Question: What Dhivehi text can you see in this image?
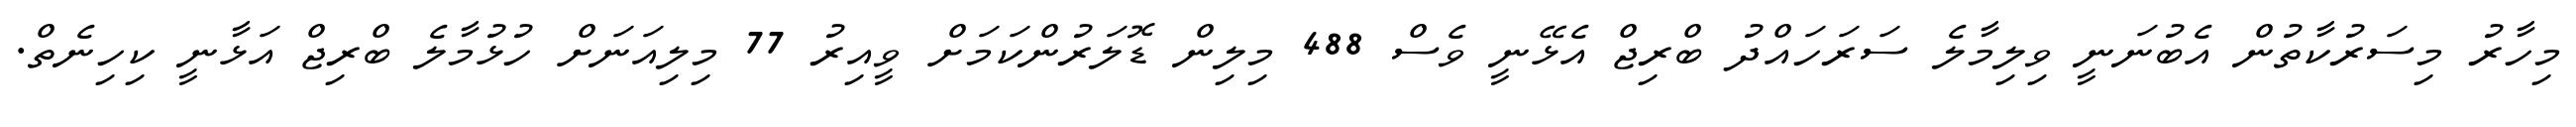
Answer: މިހާރު މިސަރުކާތުން އެބުނަނީ ވިލިމާލެ ސަރަހައްދު ބްރިޖް އެޅޭނީ ވެސް 488 މިލިން ޑޮލަރުންކަމަށް ވީއިރު 77 މިލިއަނަށް ހުޅުމާލެ ބްރިޖް އަޅާނީ ކިހިނެތް.